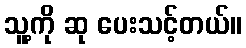
သူ့ကို ဆု ပေးသင့်တယ်။